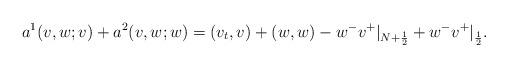
LaTeX: \begin{align*} a^1(v, w; v)+a^2(v, w; w)=(v_t,v)+(w,w)-w^-v^+|_{N+\frac 12}+w^-v^+|_{\frac 12}.\end{align*}